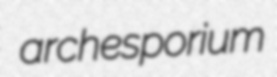
archesporium